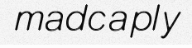
madcaply